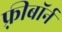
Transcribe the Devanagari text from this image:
फ़्रीबॉर्न